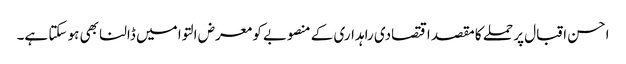
احسن اقبال پر حملے کا مقصد اقتصادی راہداری کے منصوبے کو معرض التوا میں ڈالنا بھی ہو سکتا ہے۔